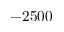
- 2 5 0 0